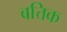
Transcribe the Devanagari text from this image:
बत्तिक